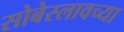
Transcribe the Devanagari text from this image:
सोबेस्लावच्या